Vana-Antsla_vallavalitsus, lk 121
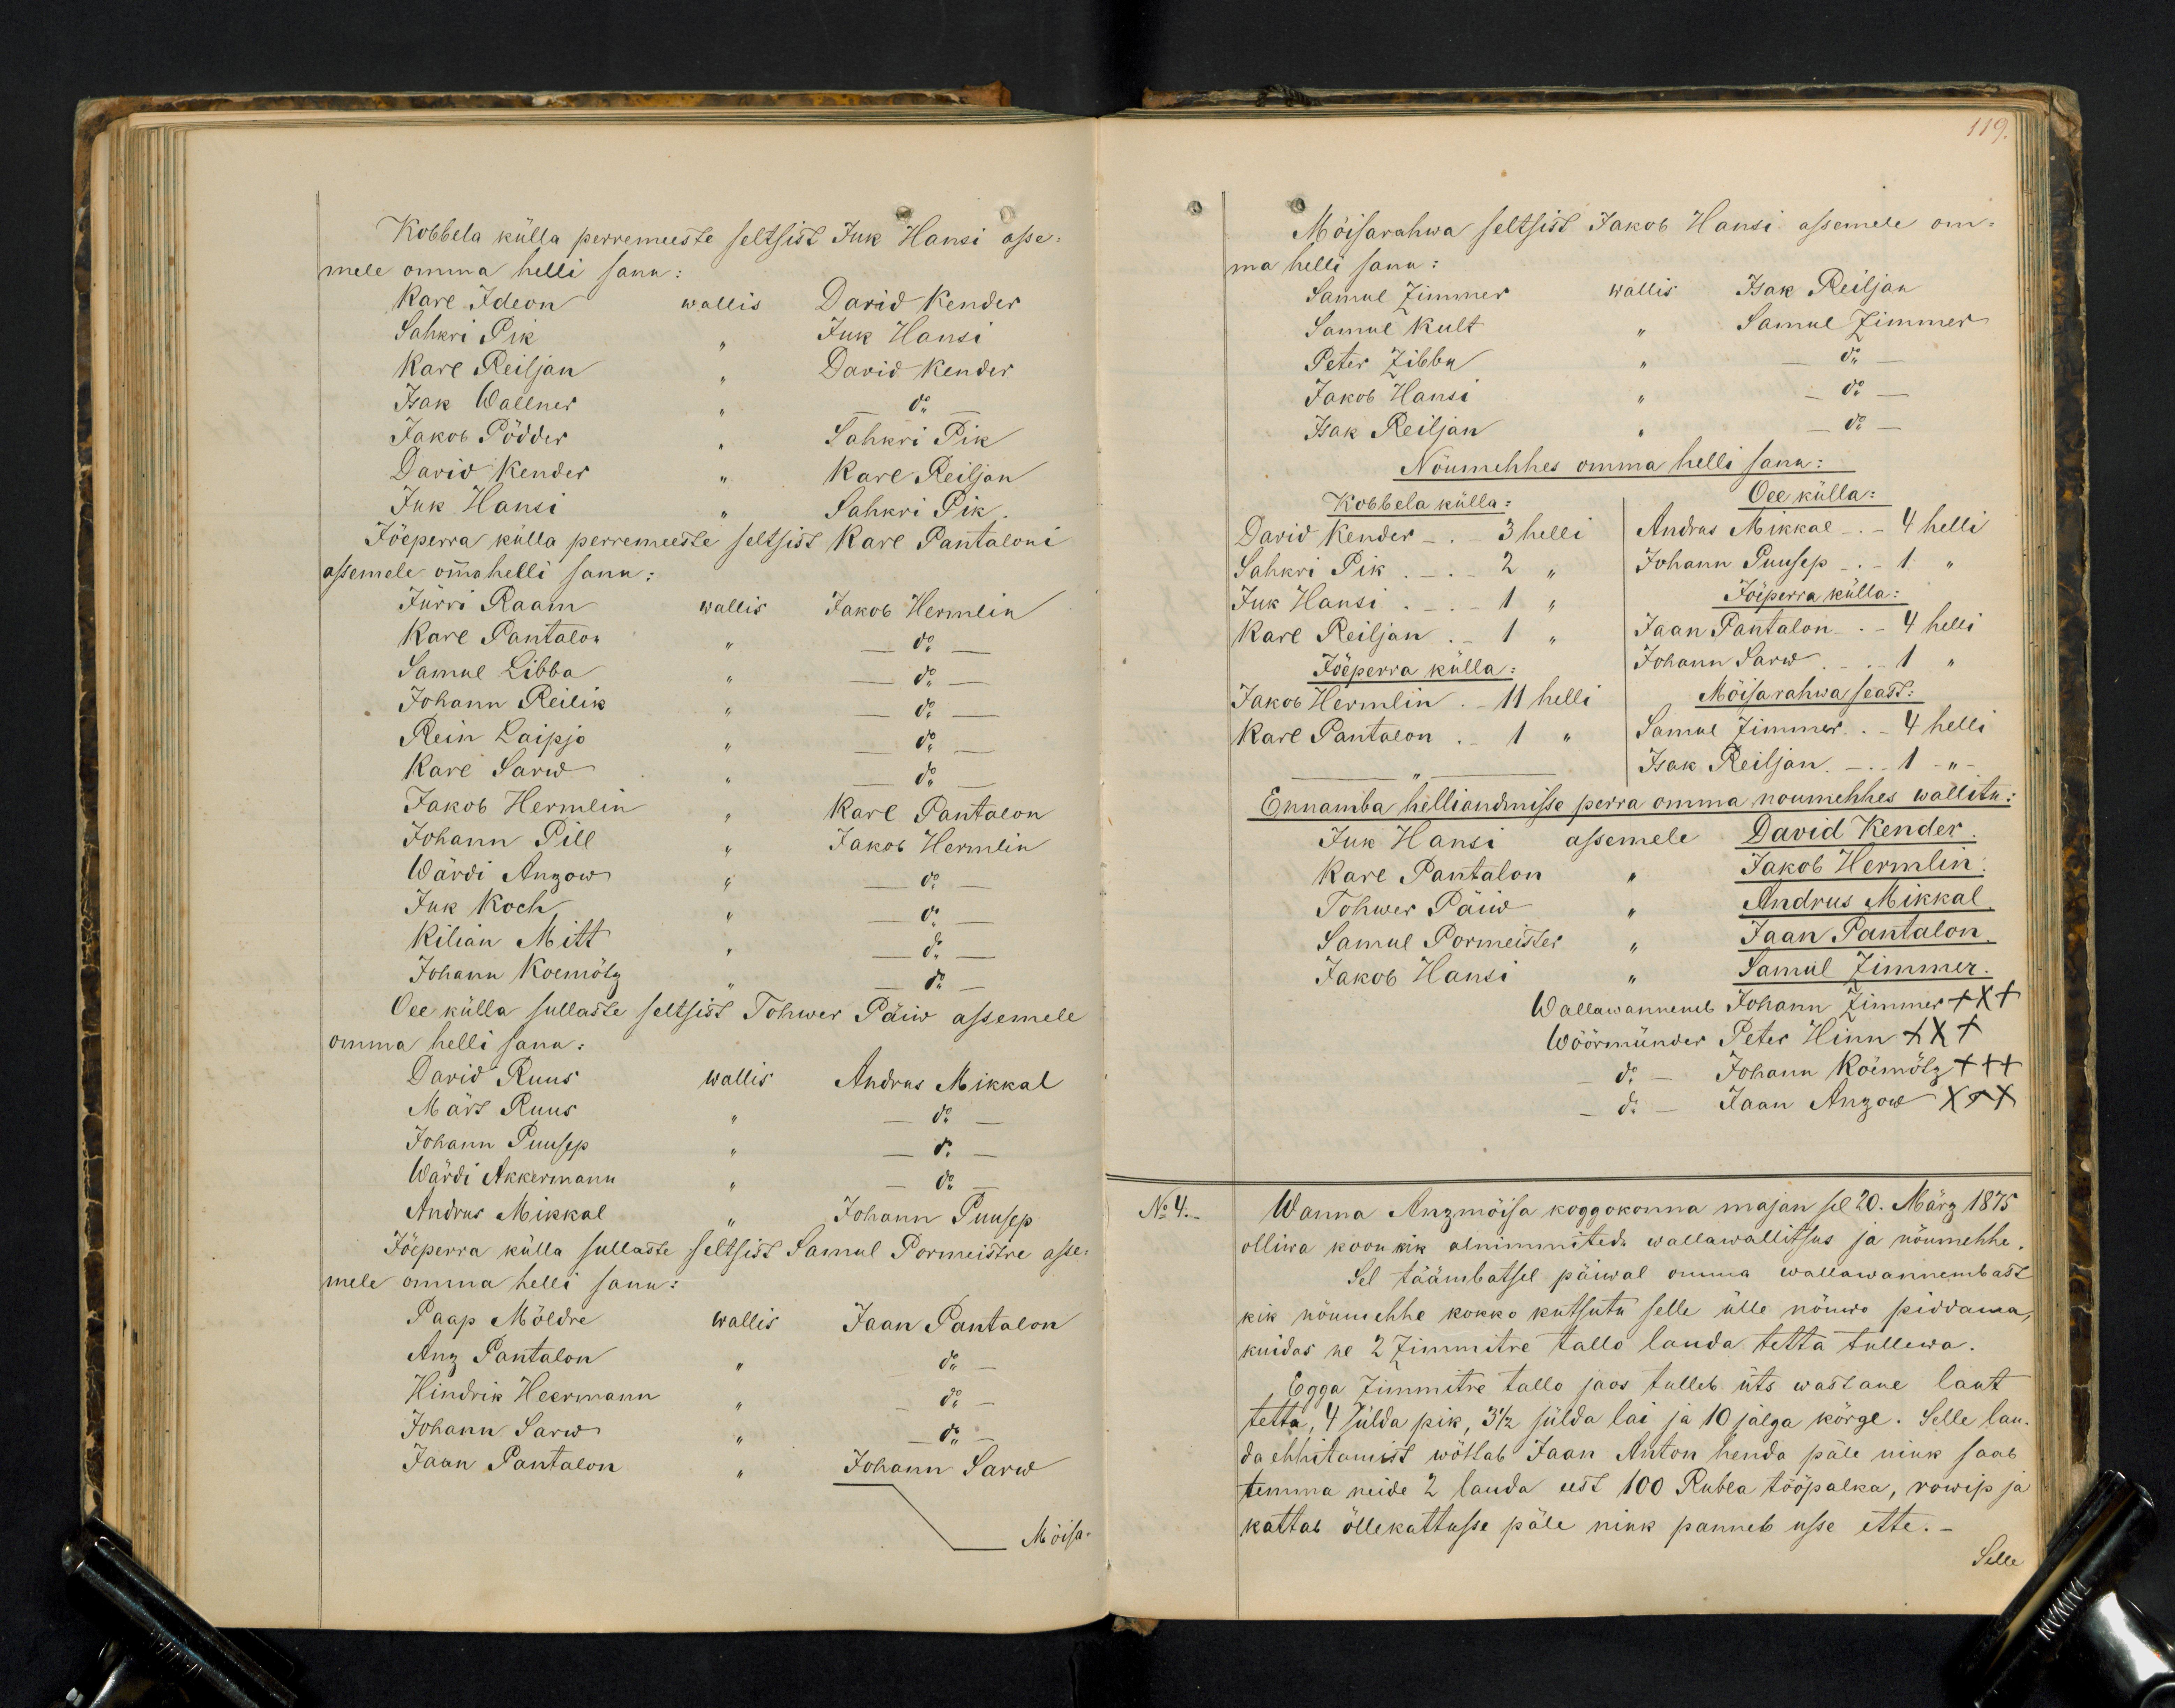
119

Kobbela külla perremeeste seltsist Juk Hansi ase-
mele omma helli sanu:
Karl Ideon wallis David Kender
Sahkri Pik
Juk Hansi
Kare Reiljan " David Kender
Isak Wallner " do
Jakob Pödder, Sahkri Pik
David Kender " Karl Reiljan
Juk Hansi
"Sahkri Pik
Jõeperra külla perremeeste seltsist Karl Pantaloni
assemele omma helli sanu:
Jürri Raam
wallis Jakob Hermlin
Karl Pantalon
Samul Sibba " - do
Johann Reilik " - do
Rein Laipjo
Karl Sarw
Jakob Hermlin
Karl Pantalon
Johann Pill, Jakob Hermlin
Jakob Hermlin
Wärdi Anzow " do
Juk Koch
Kilian Mitt
Johann Koemötz
Oee külla sullaste seltsist Tohwer Päiw assemele
omma helli sanu:
David Ruus
wallis Andrus Mikkal
Märt Ruus " - do -
Johann Puusep " - do -
Wärdi Akkermann " - do
Andrus Mikkal
Johann Puusep
mele omma helli sanu:
Jöeperra külla sullaste seltsist Samul Pormeistre asse-
Paap Möldre
wallis Jaan Pantalon
Anz Pantalon " do
Hindrik Heermann " do
Johann Sarw " do
Jaan Pantalion " Johann Sarw
Möisa-

Möisarahwa seltsist Jakob Hansi asemele om-
ma helli sanu:
Samul Zimmer wallis Isak Reiljan
Samul Kult " Samuel Zimmer
Peter Zibbu " - do
Jakob Hansi " - do
Isak Reiljan " - do
Nöumehhes omma helli sanu:
Kobbela külla:
Oee külla:
David Kender - - 3 helli
Andrus Mikkal - - 4 helli
Sahkri Pik - 2 "
Johann Puusep - - 1 "
Juk Hansi - - 1 "
Jöeperra külla:
Karl Reiljan - 1 "
Jaan Pantalon - - 4 helli
Jöeperra kulla:
Johann Sarw - 1 "
Jakob Hermlin - 11 helli
Mõisarahwa seast:
Karl Pantolon - 1 "
Samul Zimmer - 4 helli
Isak Reiljan - 1 - " -
Ennamba helliandmisse perra omma noumehhes wallitu:
Juk Hansi assemele David Kender.
Karl Pantalan
Jakob Hermlin
Tohwer Päiw
Andrus Mikkal
Samul Pormeister
Jaan Pantalon
Jakob Hansi "
Samul Zimmer.
Wallawannemb Johann Zimmer +++
Wöörmünder Peter Hinn XXX
do - Johann Köemötz +++
do - Jaan Anzow XXX
No 4.
Wanna Anzmõisa koggokonna majan sel 20. März 1875
olliwa koon kik alnimmitedu wallawallitsus ja nöumehhe
Sel täämbatsel päiwal omma wallawannembast
kik nöumehhe kokko kutsutu selle ülle nöuwo piddama
kuidas ne 2 Zimmitre tallo lauda tetta tullewa.
Egga Zimmitre tallo jaos tulleb üts wastane laut
tetta, 4 sülda pik, 3 1/2 sülda lai ja 10 jalga körge. Selle lau-
da ehhitamist wöttab Jaan Anton henda päle nink saab
temma neide 2 lauda eest 100 Rubla tööpalka, rowip ja
kattab öllekattusse päle nink panneb usse ette.
Selle